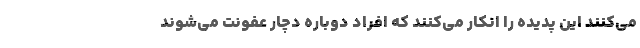
می‌کنند این پدیده را انکار می‌کنند که افراد دوباره دچار عفونت می‌شوند